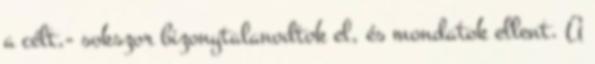
a célt,- sokszor bizonytalanodtok el, és mondatok ellent. A